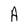
Character: A